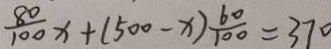
\frac { 8 0 } { 1 0 0 } x + ( 5 0 0 - x ) \frac { 6 0 } { 1 0 0 } = 3 7 0